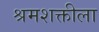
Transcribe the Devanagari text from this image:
श्रमशक्तीला